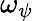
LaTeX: \omega_{\psi}